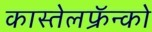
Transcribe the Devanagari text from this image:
कास्तेलफ्रॅन्को